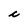
Character: c